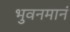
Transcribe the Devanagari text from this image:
भुवनमानं